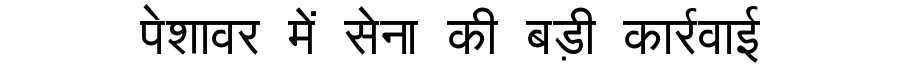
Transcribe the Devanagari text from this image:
पेशावर में सेना की बड़ी कार्रवाई